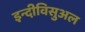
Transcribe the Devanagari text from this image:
इन्दीविसुअल